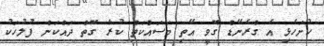
ހުށަހެޅި އެ ގްރެނޭޑް ގޮވީ އޭތި މަސައްކަތް ކުރާ ގޮތް ދައްކަން ފުލުހަކު